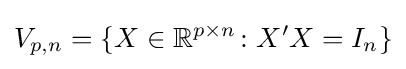
V_{p,n}=\{X\in \mathbb {R} ^{p\times n}\colon X'X=I_{n}\}